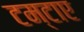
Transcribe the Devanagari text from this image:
टम्टाए